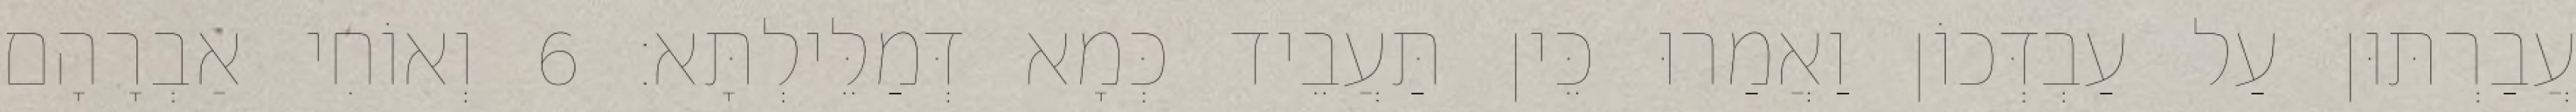
עֲבַרְתּוּן עַל עַבְדְּכוֹן וַאֲמַרוּ כֵּין תַּעֲבֵיד כְּמָא דְּמַלֵּילְתָּא׃ 6 וְאוֹחִי אַבְרָהָם